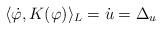
LaTeX: \begin{align*}\langle \dot{\varphi}, K(\varphi)\rangle_L = \dot u=\Delta_u\end{align*}